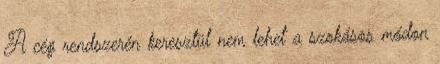
A cég rendszerén keresztül nem lehet a szokásos módon